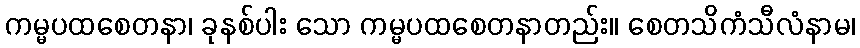
ကမ္မပထစေတနာ၊ ခုနစ်ပါး သော ကမ္မပထစေတနာတည်း။ စေတသိကံသီလံနာမ၊